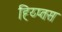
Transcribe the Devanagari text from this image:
ह्य्प्तिस